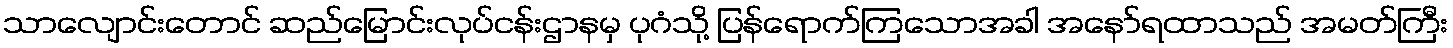
သာလျောင်းတောင် ဆည်မြောင်းလုပ်ငန်းဌာနမှ ပုဂံသို့ ပြန်ရောက်ကြသောအခါ အနော်ရထာသည် အမတ်ကြီး